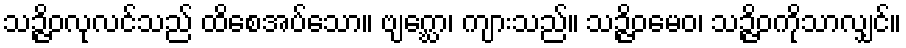
သဉ္ဇိဝလုလင်သည် ထိစေအပ်သော။ ဗျဂ္ဃော၊ ကျားသည်။ သဉ္ဇိဝမေဝ၊ သဉ္ဇိဝကိုသာလျှင်။